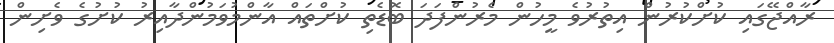
ރާއްޖޭގައި ކުށްކުރުން އިތުރުވެ މީހުން މެރުންފަދަ ބޮޑެތި ކުށްތައް އާންމުވަމުންދާއިރު ކުށުގެ ވެށިން